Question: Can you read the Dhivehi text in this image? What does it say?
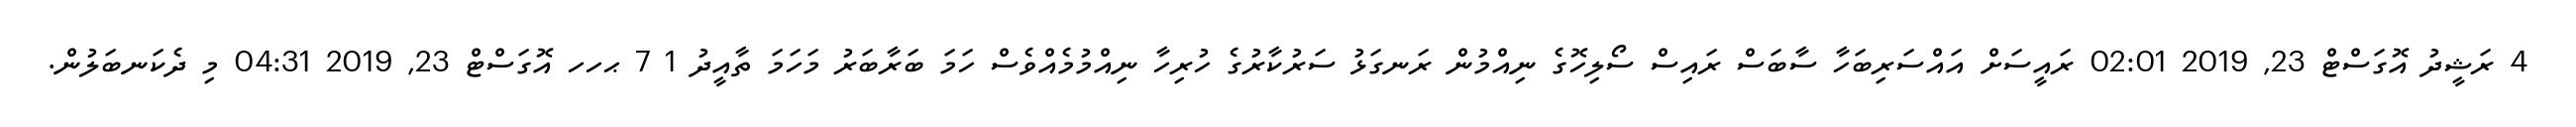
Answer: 4 ރަޝީދު އޮގަސްޓް 23, 2019 02:01 ރައީސަށް އައްސަރިބަހާ ސާބަސް ރައިސް ސޯލިހޮގެ ނިއްމުން ރަނގަޅު ސަރުކާރުގެ ހުރިހާ ނިއްމުމެއްވެސް ހަމަ ބަރާބަރު މަހަމަ ތާއީދު 1 7 ޙހހ އޮގަސްޓް 23, 2019 04:31 މި ދެކަނބަލުން.